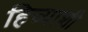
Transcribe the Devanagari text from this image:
हिच्‍याशी